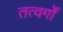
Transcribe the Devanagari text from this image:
तत्वर्गों